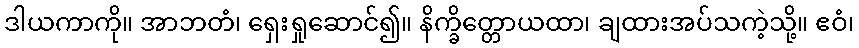
ဒါယကာကို။ အာဘတံ၊ ရှေးရှုဆောင်၍။ နိက္ခိတ္တောယထာ၊ ချထားအပ်သကဲ့သို့။ ဧဝံ၊